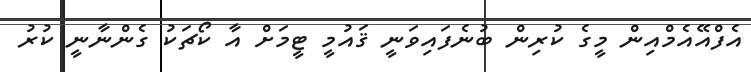
އެފްއޭއެމްއިން މީގެ ކުރިން ބުނެފައިވަނީ ޤައުމީ ޓީމަށް އާ ކޯޗަކު ގެންނާނީ ކުރު